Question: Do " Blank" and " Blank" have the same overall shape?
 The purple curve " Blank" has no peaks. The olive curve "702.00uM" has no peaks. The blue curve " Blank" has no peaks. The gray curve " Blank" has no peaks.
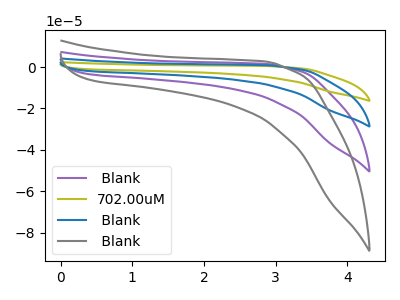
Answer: <think>Neither " Blank" or " Blank" have any peaks.
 </think>
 <answer>" Blank" and " Blank" are similar in shape.</answer>
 <eval>same_shape</eval>